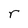
Character: r